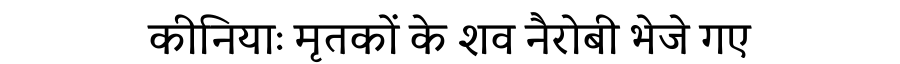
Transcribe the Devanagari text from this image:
कीनियाः मृतकों के शव नैरोबी भेजे गए